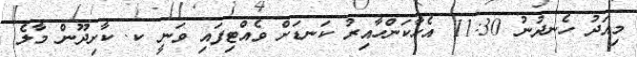
މިއަދު ހެނދުނު 11:30 އެހާކަންހާއިރު ކަނޑަށް ވެއްޓިފައި ވަނީ ކ. ކާށިދޫން މާލެ